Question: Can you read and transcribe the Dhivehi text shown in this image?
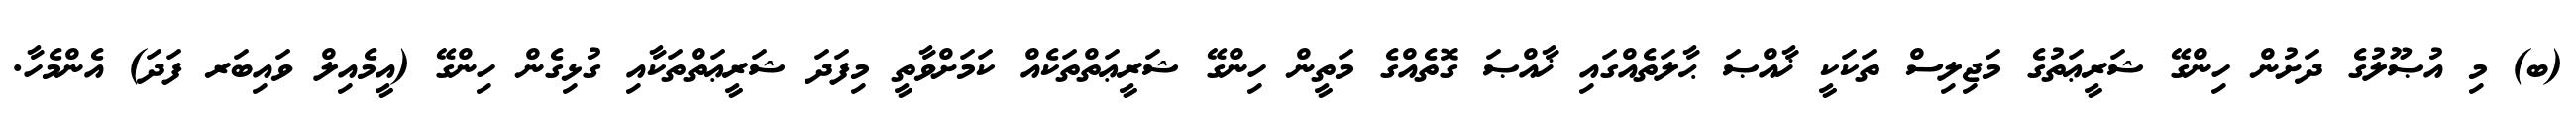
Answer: (ބ) މި އުޞޫލުގެ ދަށުން ހިންގޭ ޝަރީޢަތުގެ މަޖިލިސް ތަކަކީ ޚާއްޞަ ޙާލަތެއްގައި ޚާއްޞަ ގޮތެއްގެ މަތީން ހިންގޭ ޝަރީޢަތްތަކެއް ކަމަށްވާތީ މިފަދަ ޝަރީޢަތްތަކާއި ގުޅިގެން ހިންގޭ (އީމެއިލް ވައިބަރ ފަދަ) އެންމެހާ.